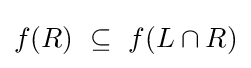
f(R)~\subseteq ~f(L\cap R)